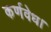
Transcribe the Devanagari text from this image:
कर्णवेध।